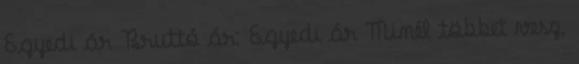
Egyedi ár Bruttó ár: Egyedi ár Minél többet vesz,